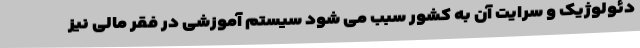
دئولوژیک و سرایت آن به کشور سبب می شود سیستم آموزشی در فقر مالی نیز